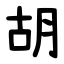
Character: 胡